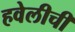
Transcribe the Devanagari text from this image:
हवेलीची